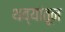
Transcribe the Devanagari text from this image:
थव्यांतून